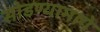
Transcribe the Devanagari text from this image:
सोडण्यामागे